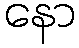
နော